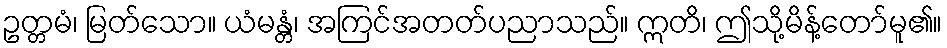
ဥတ္တမံ၊ မြတ်သော။ ယံမန္တံ၊ အကြင်အတတ်ပညာသည်။ ဣတိ၊ ဤသို့မိန့်တော်မူ၏။